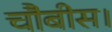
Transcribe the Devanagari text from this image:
चौबीस।